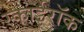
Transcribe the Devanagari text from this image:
स्काईरॉक